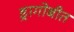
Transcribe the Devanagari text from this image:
ड्रागोबीत